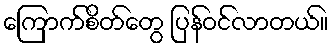
ကြောက်စိတ်တွေ ပြန်ဝင်လာတယ်။